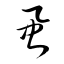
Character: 虱